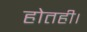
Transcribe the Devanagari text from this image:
होतही।